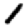
Digit: 1